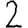
Digit: 2